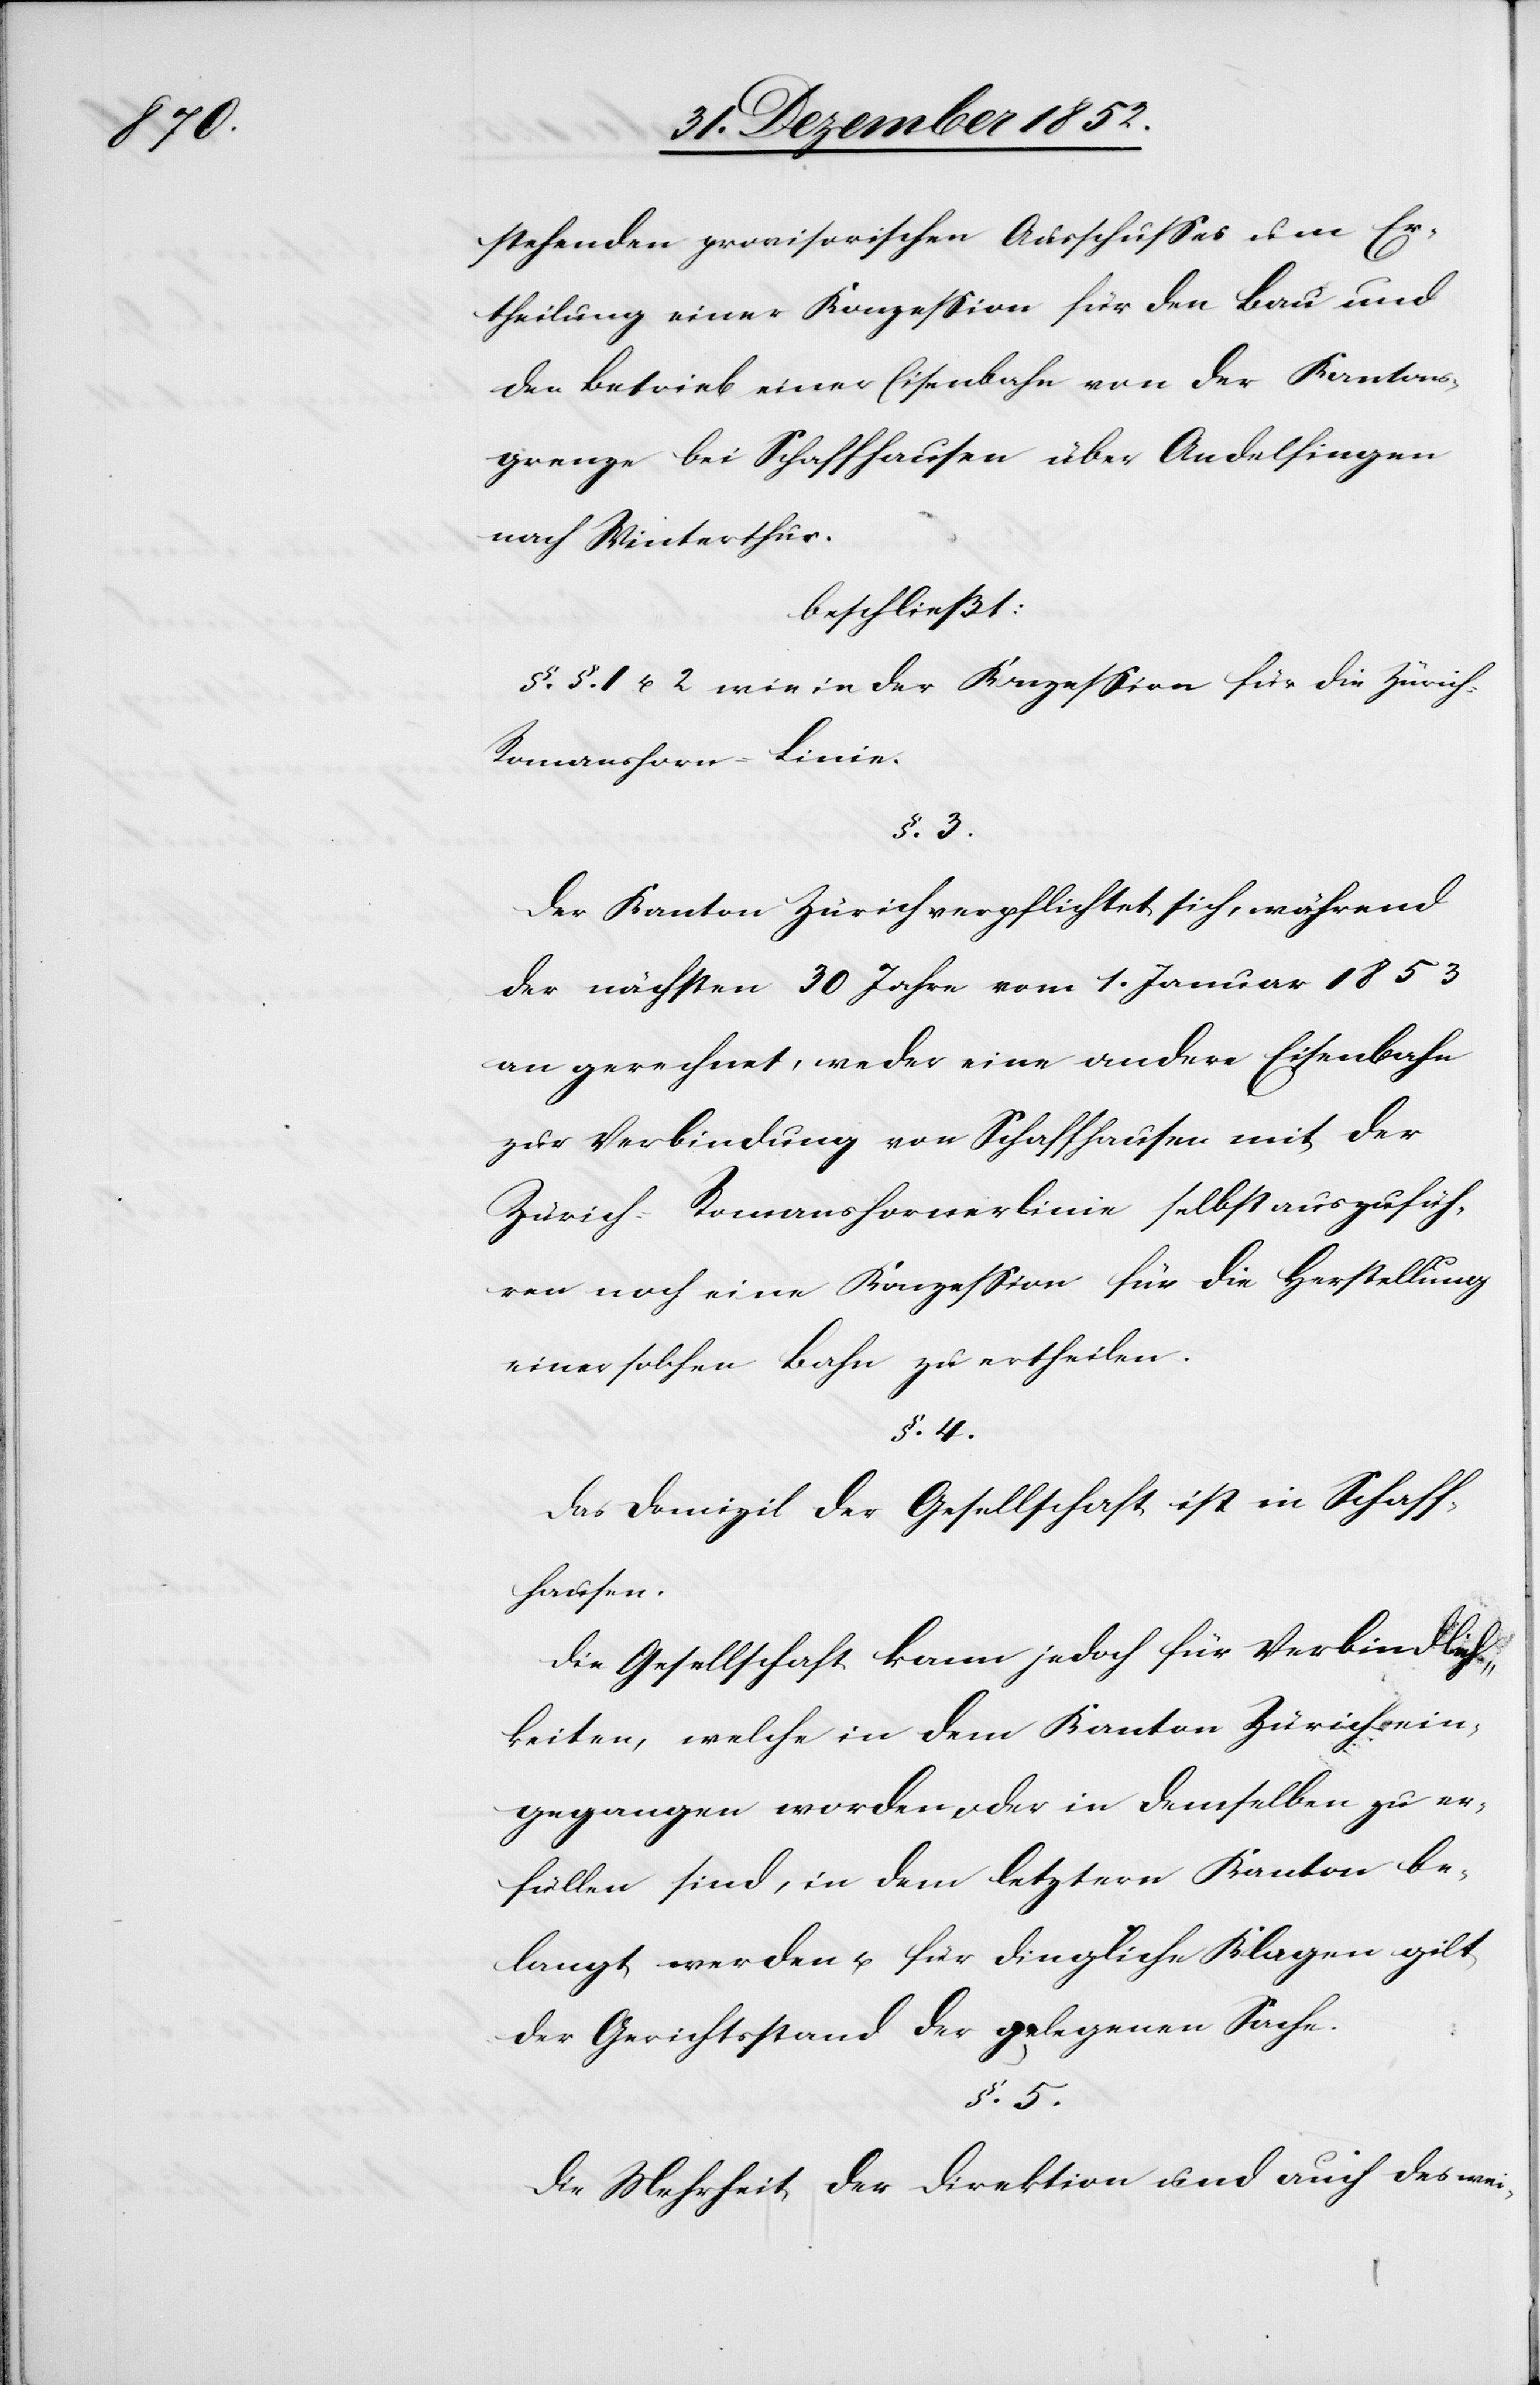
stehenden provisorischen Ausschusses um Er¬
theilung einer Konzession für den Bau und
den Betrieb einer Eisenbahn von der Kantons¬
grenze bei Schaffhausen über Andelfingen
nach Winterthur.
beschließt:
§.§. 1 u. 2 wie in der Konzession für die Züric¬
h-Romanshorn-Linie.
Der Kanton Zürich verpflichtet sich, während
der nächsten 30 Jahre vom 1. Januar 1853
an gerechnet, weder eine andere Eisenbahn
zur Verbindung von Schaffhausen mit der
Zürich-Romanshornerlinie selbst auszufüh¬
ren noch eine Konzession für die Herstellung
einer solchen Bahn zu ertheilen.
§. 4.
Das Domizil der Gesellschaft ist in Schaff¬
hausen.
Die Gesellschaft kann jedoch für Verbindlich¬
keiten, welche in dem Kanton Zürich ein¬
gegangen worden oder in demselben zu er¬
füllen sind, in dem letztern Kanton be¬
langt werden u. für dingliche Klagen gilt
der Gerichtsstand der gelegenen Sache.
§. 5.
Die Mehrheit der Direktion und auch des wei-